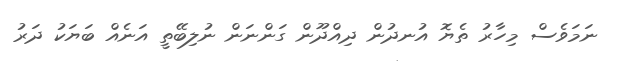
ނަމަވެސް މިހާރު ތެޔޮ އުނދުން ދިއްދޫން ގަންނަން ނުލިބޭތީ އަނެއް ބަޔަކު ދަރު